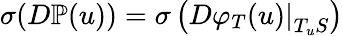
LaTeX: \sigma(D\mathbb{P}(u))=\sigma\left(\left.D\varphi_{T}(u)\right\vert_{T_{u}S}\right)